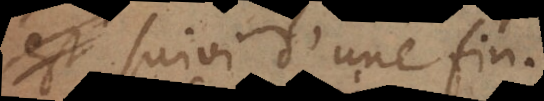
estre suivi d’une fin.